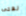
لفتى